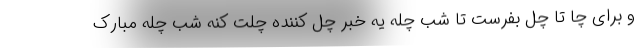
و برای چا تا چل بفرست تا شب چله یه خبر چل کننده چلت کنه شب چله مبارک